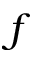
f